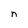
Character: n